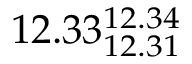
1 2 . 3 3 _ { 1 2 . 3 1 } ^ { 1 2 . 3 4 }